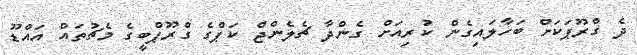
ދެ ގްރޫޕަކަށް ބަހާލައިގެން ކުރިއަށް ގެންދާ ޗެލެންޖް ކަޕްގެ ގްރޫޕްބީގެ މެޗުތައް އައްޑޫ